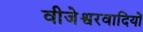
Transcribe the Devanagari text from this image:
वीजेश्वरवादियों